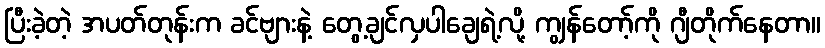
ပြီးခဲ့တဲ့ အပတ်တုန်းက ခင်ဗျားနဲ့ တွေ့ချင်လှပါချေရဲ့လို့ ကျွန်တော့်ကို ဂျီတိုက်နေတာ။